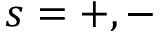
s = + , -